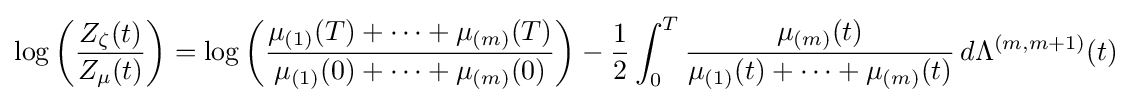
\log \left({\frac {Z_{\zeta }(t)}{Z_{\mu }(t)}}\right)=\log \left({\frac {\mu _{(1)}(T)+\cdots +\mu _{(m)}(T)}{\mu _{(1)}(0)+\cdots +\mu _{(m)}(0)}}\right)-{\frac {1}{2}}\int _{0}^{T}{\frac {\mu _{(m)}(t)}{\mu _{(1)}(t)+\cdots +\mu _{(m)}(t)}}\,d\Lambda ^{(m,m+1)}(t)